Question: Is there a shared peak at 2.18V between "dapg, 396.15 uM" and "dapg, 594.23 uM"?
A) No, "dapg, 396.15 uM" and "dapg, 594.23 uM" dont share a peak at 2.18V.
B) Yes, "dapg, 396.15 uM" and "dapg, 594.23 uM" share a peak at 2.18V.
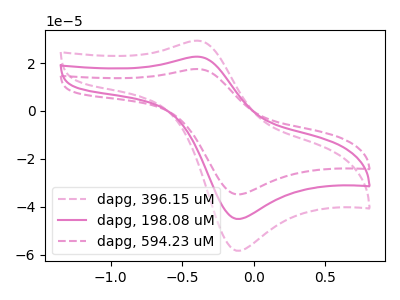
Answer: <think>The pink dashed curve "dapg, 396.15 uM" has an anodic peak at (-0.40V, 29.35uA) and a cathodic peak at (-0.10V, -58.35uA). The pink curve "dapg, 198.08 uM" has an anodic peak at (-0.40V, 22.70uA) and a cathodic peak at (-0.10V, -45.10uA). The pink dashed curve "dapg, 594.23 uM" has an anodic peak at (-0.40V, 45.35uA) and a cathodic peak at (-0.10V, -90.20uA).</think>
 <answer>A) No, "dapg, 396.15 uM" and "dapg, 594.23 uM" dont share a peak at 2.18V.</answer>
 <eval>A</eval>